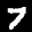
Label: 7